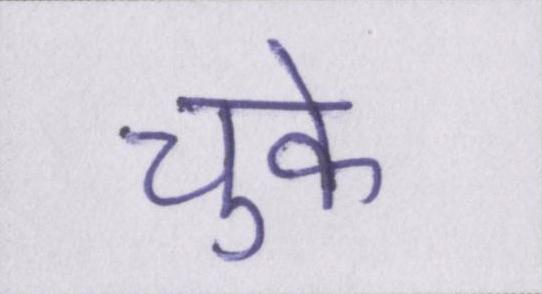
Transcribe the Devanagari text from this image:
चुके